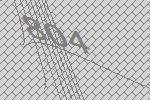
804